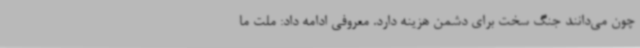
چون می‌دانند جنگ سخت برای دشمن هزینه دارد. معروفی ادامه داد: ملت ما